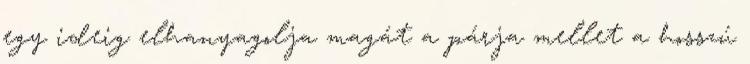
egy ideig elhanyagolja magát a párja mellet a hosszú